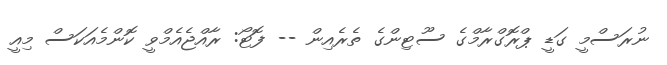
ނުރަސްމީ ގަޑީ ޕްރޮގްރާމްގެ ސޫޓިންގެ ތެރެއިން -- ފޮޓޯ: ރާއްޖެއެމްވީ ކޮންމެއަކަސް މިއީ